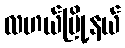
လဟယ်မြို့နယ်